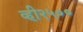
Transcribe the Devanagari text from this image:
व्ही२५००